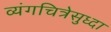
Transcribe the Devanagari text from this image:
व्यंगचित्रेसुध्दा